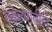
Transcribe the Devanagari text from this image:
तबेल्यातील